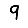
Digit: 9